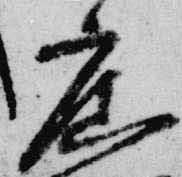
廣